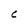
Character: C